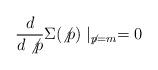
LaTeX: \begin{align*}\frac{d}{d\not{p}}\Sigma (\not{p})\mid _{\not{p}=m}=0 \end{align*}